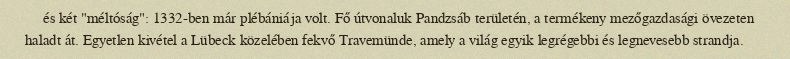
és két "méltóság": 1332-ben már plébániája volt. Fő útvonaluk Pandzsáb területén, a termékeny mezőgazdasági övezeten haladt át. Egyetlen kivétel a Lübeck közelében fekvő Travemünde, amely a világ egyik legrégebbi és legnevesebb strandja.